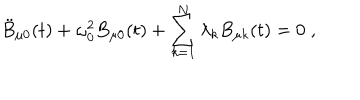
LaTeX: \ddot { B } _ { \mu 0 } ( t ) + \omega _ { 0 } ^ { 2 } B _ { \mu 0 } ( t ) + \sum _ { k = 1 } ^ { N } \lambda _ { k } B _ { \mu k } ( t ) = 0 \; ,